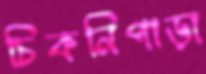
চিকনিপাড়া